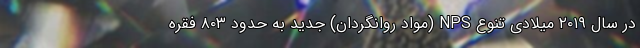
در سال ۲۰۱۹ میلادی تنوع NPS (مواد روانگردان) جدید به حدود ۸۰۳ فقره